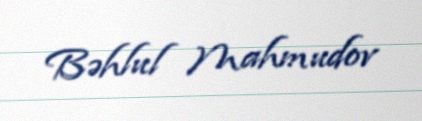
Bəhlul Mahmudov